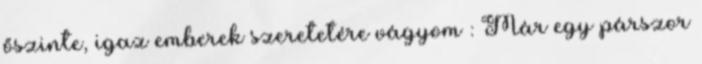
őszinte, igaz emberek szeretetére vágyom : Már egy párszor